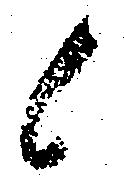
候